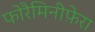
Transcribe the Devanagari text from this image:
फोरैमिनीफ़ेरा